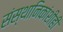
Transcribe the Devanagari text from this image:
संस्‍थानिकांशीही